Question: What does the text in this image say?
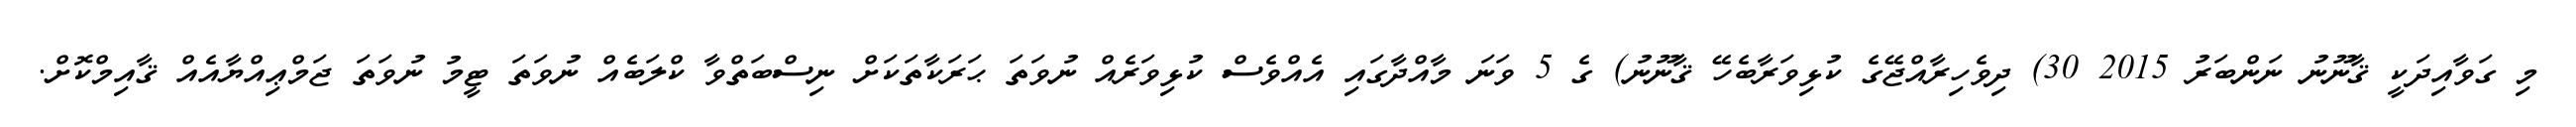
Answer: މި ގަވާއިދަކީ ޤާނޫނު ނަންބަރު 2015 30) ދިވެހިރާއްޖޭގެ ކުޅިވަރާބެހޭ ޤާނޫނު) ގެ 5 ވަނަ މާއްދާގައި އެއްވެސް ކުޅިވަރެއް ނުވަތަ ޙަރަކާތަކަށް ނިސްބަތްވާ ކްލަބެއް ނުވަތަ ޓީމު ނުވަތަ ޖަމްޢިއްޔާއެއް ޤާއިމްކޮށް.